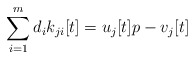
\begin{align*}\sum_{i=1}^{m}d_{i}k_{ji}[t]=u_{j}[t]p-v_{j}[t]\end{align*}